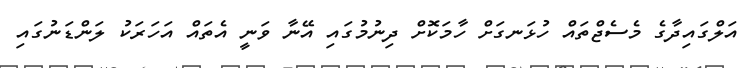
އަލްގައިދާގެ މެސެޖްތައް ހުޅަނގަށް ހާމަކޮށް ދިނުމުގައި އޭނާ ވަނީ އެތައް އަހަރަކު ލަންޑަނުގައި